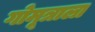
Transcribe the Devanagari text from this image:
गोमूत्राला